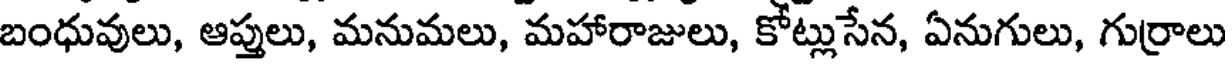
బంధువులు, ఆప్తులు, మనుమలు, మహారాజులు, కోట్లుసేన, ఏనుగులు, గుర్రాలు